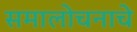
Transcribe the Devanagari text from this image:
समालोचनाचे